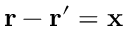
\mathbf { r } - \mathbf { r } ^ { \prime } = \mathbf { x }